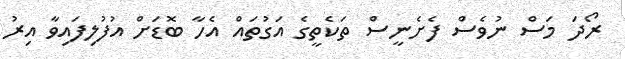
ރޯދަ މަސް ނުވެސް ފެށެނީސް ތަކެތީގެ އަގުތައް އެހާ ބޮޑަށް އުފުލިފައިވާ އިރު